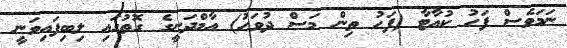
ނަމަވެސް ފަހު ކުއާޓާ (ފަހު ތިން މަސް ދުވަހު) އާމްދަނީގެ ގޮތުގައި ލިބިފައިވަނީ